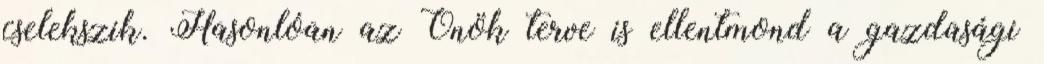
cselekszik. Hasonlóan az Önök terve is ellentmond a gazdasági